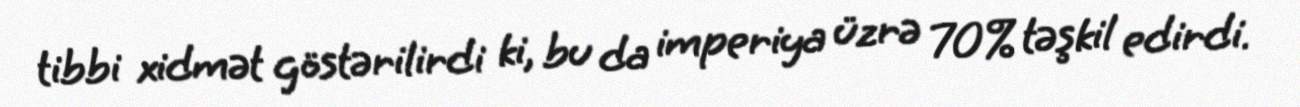
tibbi xidmət göstərilirdi ki, bu da imperiya üzrə 70% təşkil edirdi.